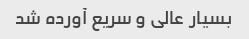
بسیار عالی و سریع آورده شد